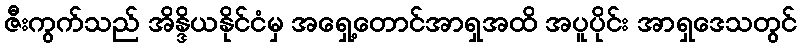
ဇီးကွက်သည် အိန္ဒိယနိုင်ငံမှ အရှေ့တောင်အာရှအထိ အပူပိုင်း အာရှဒေသတွင်